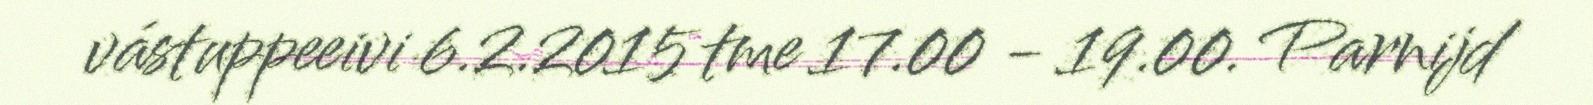
vástuppeeivi 6.2.2015 tme 17.00 - 19.00. Parnijd